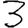
Digit: 3